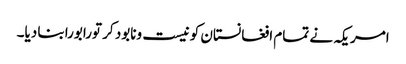
امریکہ نے تمام افغانستان کو نیست ونابود کر تورابورابنا دیا۔